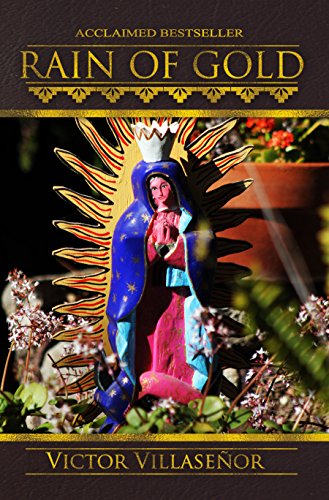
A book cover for Rain of Gold; Victor Villasenor; Biographies & Memoirs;